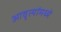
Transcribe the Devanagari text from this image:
आवृत्यांमध्ये